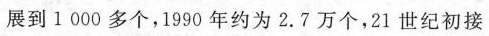
展到1000多个，1990年约为2.7万个，21世纪初接